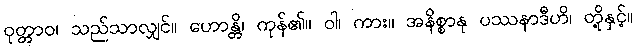
ဝုတ္တာဝ၊ သည်သာလျှင်။ ဟောန္တိ၊ ကုန်၏။ ဝါ၊ ကား။ အနိစ္စာနု ပဿနာဒီဟိ၊ တို့နှင့်။